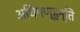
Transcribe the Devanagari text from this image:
अधिगण्हन्ति